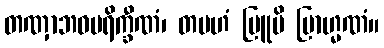
တဏှာဘဝပရိက္ခီဏံ၊ တမဟံ ဗြူမိ ဗြာဟ္မဏံ။